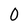
Character: 0